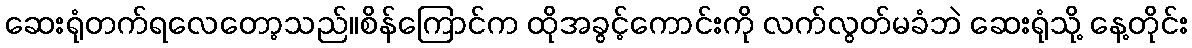
ဆေးရုံတက်ရလေတော့သည်။စိန်ကြောင်က ထိုအခွင့်ကောင်းကို လက်လွတ်မခံဘဲ ဆေးရုံသို့ နေ့တိုင်း